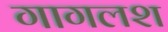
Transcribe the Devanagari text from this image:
गागलश